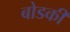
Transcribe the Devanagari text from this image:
बोडकी